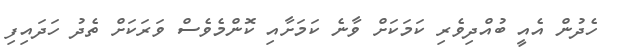
ހެދުން އެއީ ބުއްދިވެރި ކަމަކަށް ވާނެ ކަމަށާއި ކޮންމެވެސް ވަރަކަށް ތެދު ހަދައިފި